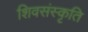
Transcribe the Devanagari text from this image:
शिवसंस्कृति